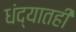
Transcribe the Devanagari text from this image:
धंद्यातही